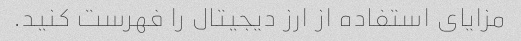
مزایای استفاده از ارز دیجیتال را فهرست کنید.